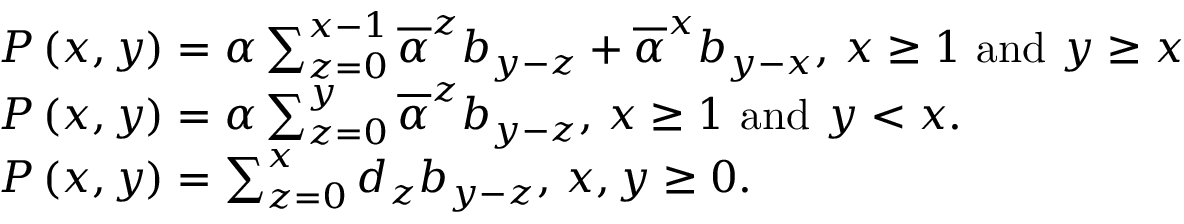
\begin{array} { l } { P \left( x , y \right) = \alpha \sum _ { z = 0 } ^ { x - 1 } \overline { { \alpha } } ^ { z } b _ { y - z } + \overline { { \alpha } } ^ { x } b _ { y - x } \mathrm { , ~ } x \geq 1 \mathrm { ~ a n d ~ } y \geq x } \\ { P \left( x , y \right) = \alpha \sum _ { z = 0 } ^ { y } \overline { { \alpha } } ^ { z } b _ { y - z } \mathrm { , ~ } x \geq 1 \mathrm { ~ a n d ~ } y < x . } \\ { P \left( x , y \right) = \sum _ { z = 0 } ^ { x } d _ { z } b _ { y - z } \mathrm { , ~ } x , y \geq 0 . } \end{array}